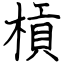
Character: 槓